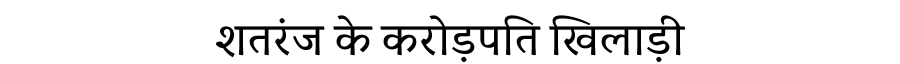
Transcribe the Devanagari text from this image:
शतरंज के करोड़पति खिलाड़ी